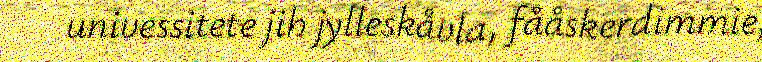
univessitete jih jylleskåvla, fååskerdimmie,